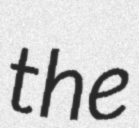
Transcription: the